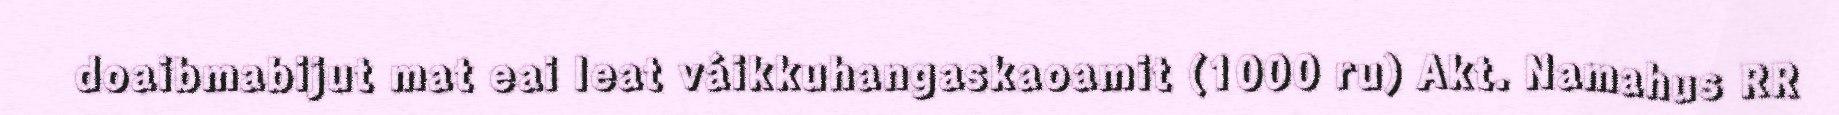
doaibmabijut mat eai leat váikkuhangaskaoamit (1000 ru) Akt. Namahus RR